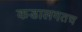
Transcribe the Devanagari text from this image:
कडालगतच